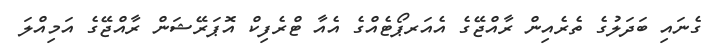
ގެނައި ބަދަލުގެ ތެރެއިން ރާއްޖޭގެ އެއަރޕޯޓެއްގެ އެއާ ޓްރެފިކް އޮޕަރޭޝަން ރާއްޖޭގެ އަމިއްލަ